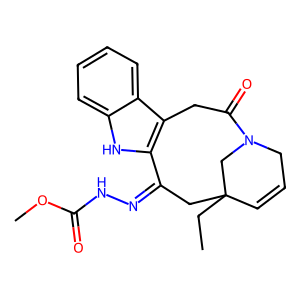
SMILES: CCC12C=CCN(C1)C(=O)Cc1c([nH]c3ccccc13)C(=NNC(=O)OC)C2
Inhibits HIV replication: No